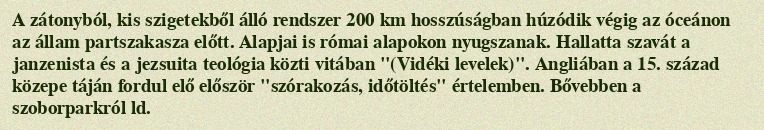
A zátonyból, kis szigetekből álló rendszer 200 km hosszúságban húzódik végig az óceánon az állam partszakasza előtt. Alapjai is római alapokon nyugszanak. Hallatta szavát a janzenista és a jezsuita teológia közti vitában "(Vidéki levelek)". Angliában a 15. század közepe táján fordul elő először "szórakozás, időtöltés" értelemben. Bővebben a szoborparkról ld.